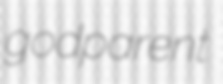
godparent